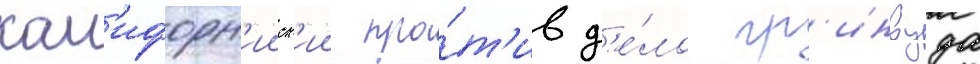
кал'ифорн'ииск'ии про́т'ив д'е́ло гр'инвуда